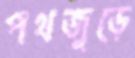
পথজুড়ে